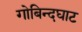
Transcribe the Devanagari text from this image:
गोबिन्दघाट